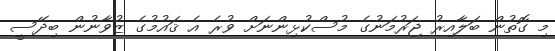
މި ގޮތުން ބަލާއިރު ޖަރުމަނުގެ މުސްކުޅިންނަށް ވުރެ އެ ޤައުމުގެ ޒުވާނުން ބިދޭސީ